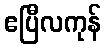
ဧပြီလကုန်